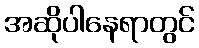
အဆိုပါနေရာတွင်